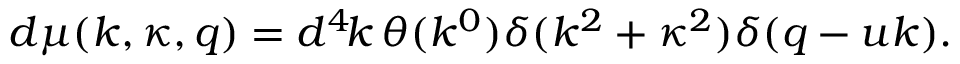
d \mu ( k , \kappa , q ) = d ^ { 4 } \! k \, \theta ( k ^ { 0 } ) \delta ( k ^ { 2 } + \kappa ^ { 2 } ) \delta ( q - u k ) .